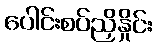
ပေါင်းစပ်ညှိနှိုင်း